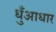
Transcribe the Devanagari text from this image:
धुँआधार